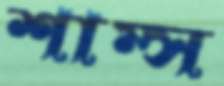
শাম্স